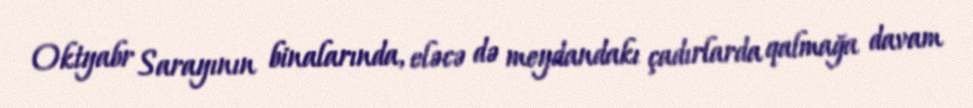
Oktyabr Sarayının binalarında, eləcə də meydandakı çadırlarda qalmağa davam